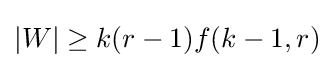
|W|\geq k(r-1)f(k-1,r)